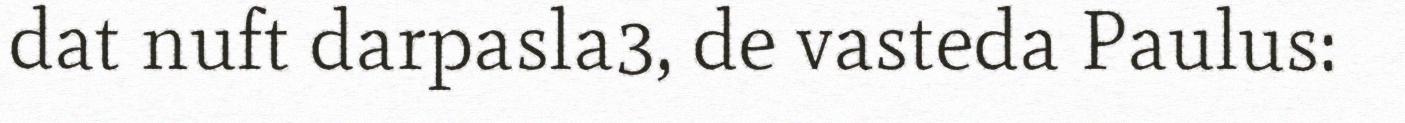
dat nuft darpasla3, de vasteda Paulus: